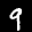
Label: 9